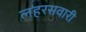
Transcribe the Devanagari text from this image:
लहरसवारी